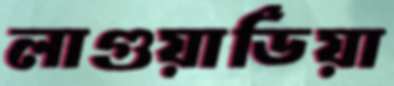
লাগুয়ার্ডিয়া